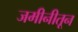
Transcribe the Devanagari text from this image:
जमीनीतून